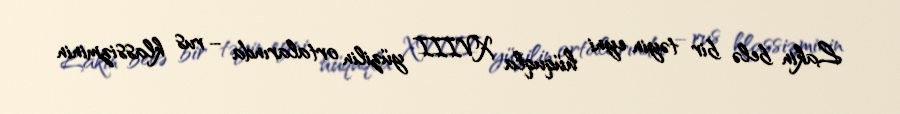
Lakin belə bir təyin eyni hüquqla XVIII yüzilin ortalarında – rus klassizminin